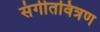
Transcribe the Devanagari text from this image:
संगीतवित्रण